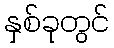
နှစ်ခုတွင်